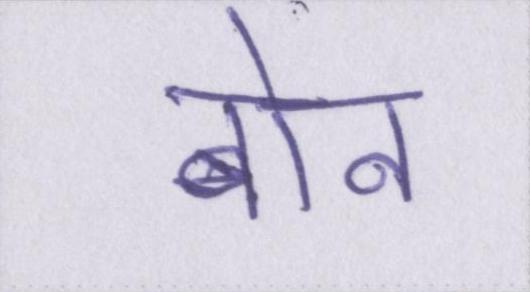
बोन